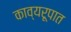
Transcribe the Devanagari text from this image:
काव्यरूपात